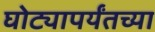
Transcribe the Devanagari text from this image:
घोट्यापर्यंतच्या